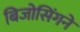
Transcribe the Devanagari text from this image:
बिजोसिंगने